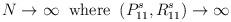
LaTeX: \begin{align*}N\rightarrow \infty \;\;\hbox{where}\;\;(P_{11}^{s},R_{11}^{s})\rightarrow\infty\end{align*}